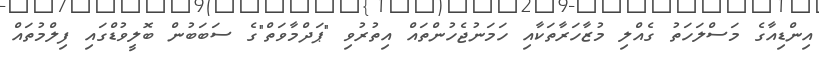
އިންޑިއާގެ މަސްލަހަތު ގެއްލި މުޒާހަރާތަކާއި ހަމަނުޖެހުންތައް އިތުރުވި "ޕަދްމާވަތް"ގެ ސަބަބުން ބޮލީވުޑްގައި ފިލްމުތައް